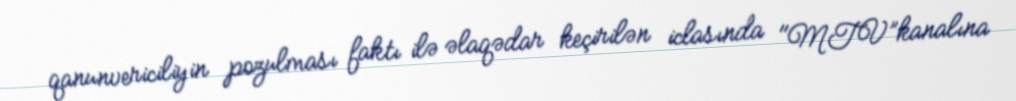
qanunvericiliyin pozulması faktı ilə əlaqədar keçirilən iclasında "MTV”kanalına